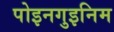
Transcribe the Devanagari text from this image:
पोइनगुइनिम